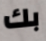
بك